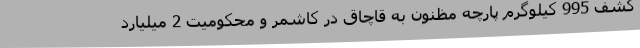
کشف 995 کیلوگرم پارچه مظنون به قاچاق در کاشمر و محکومیت 2 میلیارد